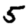
Digit: 5